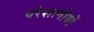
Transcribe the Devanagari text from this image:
परेशानीयों